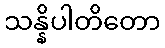
သန္နိပါတိတော